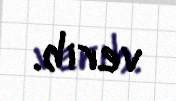
verib.